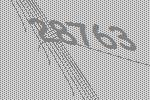
28763